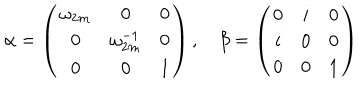
\alpha = \left( \begin{array} { c c c } { { \omega _ { 2 m } } } & { { 0 } } & { { 0 } } \\ { { 0 } } & { { \omega _ { 2 m } ^ { - 1 } } } & { { 0 } } \\ { { 0 } } & { { 0 } } & { { 1 } } \\ \end{array} \right) , ~ \beta = \left( \begin{array} { c c c } { { 0 } } & { { i } } & { { 0 } } \\ { { i } } & { { 0 } } & { { 0 } } \\ { { 0 } } & { { 0 } } & { { 1 } } \\ \end{array} \right)